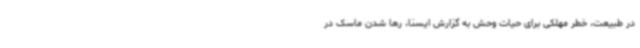
در طبیعت، خطر مهلکی برای حیات وحش به گزارش ایسنا، رها شدن ماسک در